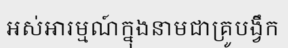
អស់អារម្មណ៍ក្នុងនាមជាគ្រូបង្វឹក